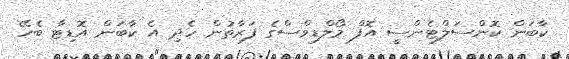
ކާބަން ކޮންސަލްޓެންސީ އޮފް މޯލްޑިވްސްގެ ފަރާތުން ހެދި އެ ކާބަން އޮޑިޓާ ބެހޭ